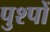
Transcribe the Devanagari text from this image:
पुश्पों